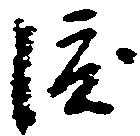
渡